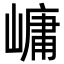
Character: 㟾